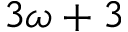
3 \omega + 3